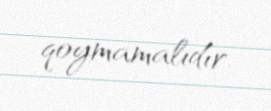
qoymamalıdır.